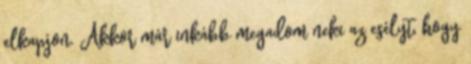
elkapjon. Akkor már inkább megadom neki az esélyt, hogy